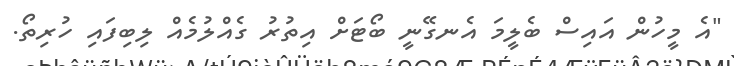
"އެ މީހުން އައިސް ބެލީމަ އެނގޭނީ ބޯޓަށް އިތުރު ގެއްލުމެއް ލިބިފައި ހުރިތޯ.